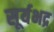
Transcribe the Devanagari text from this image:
सूर्यभद्र